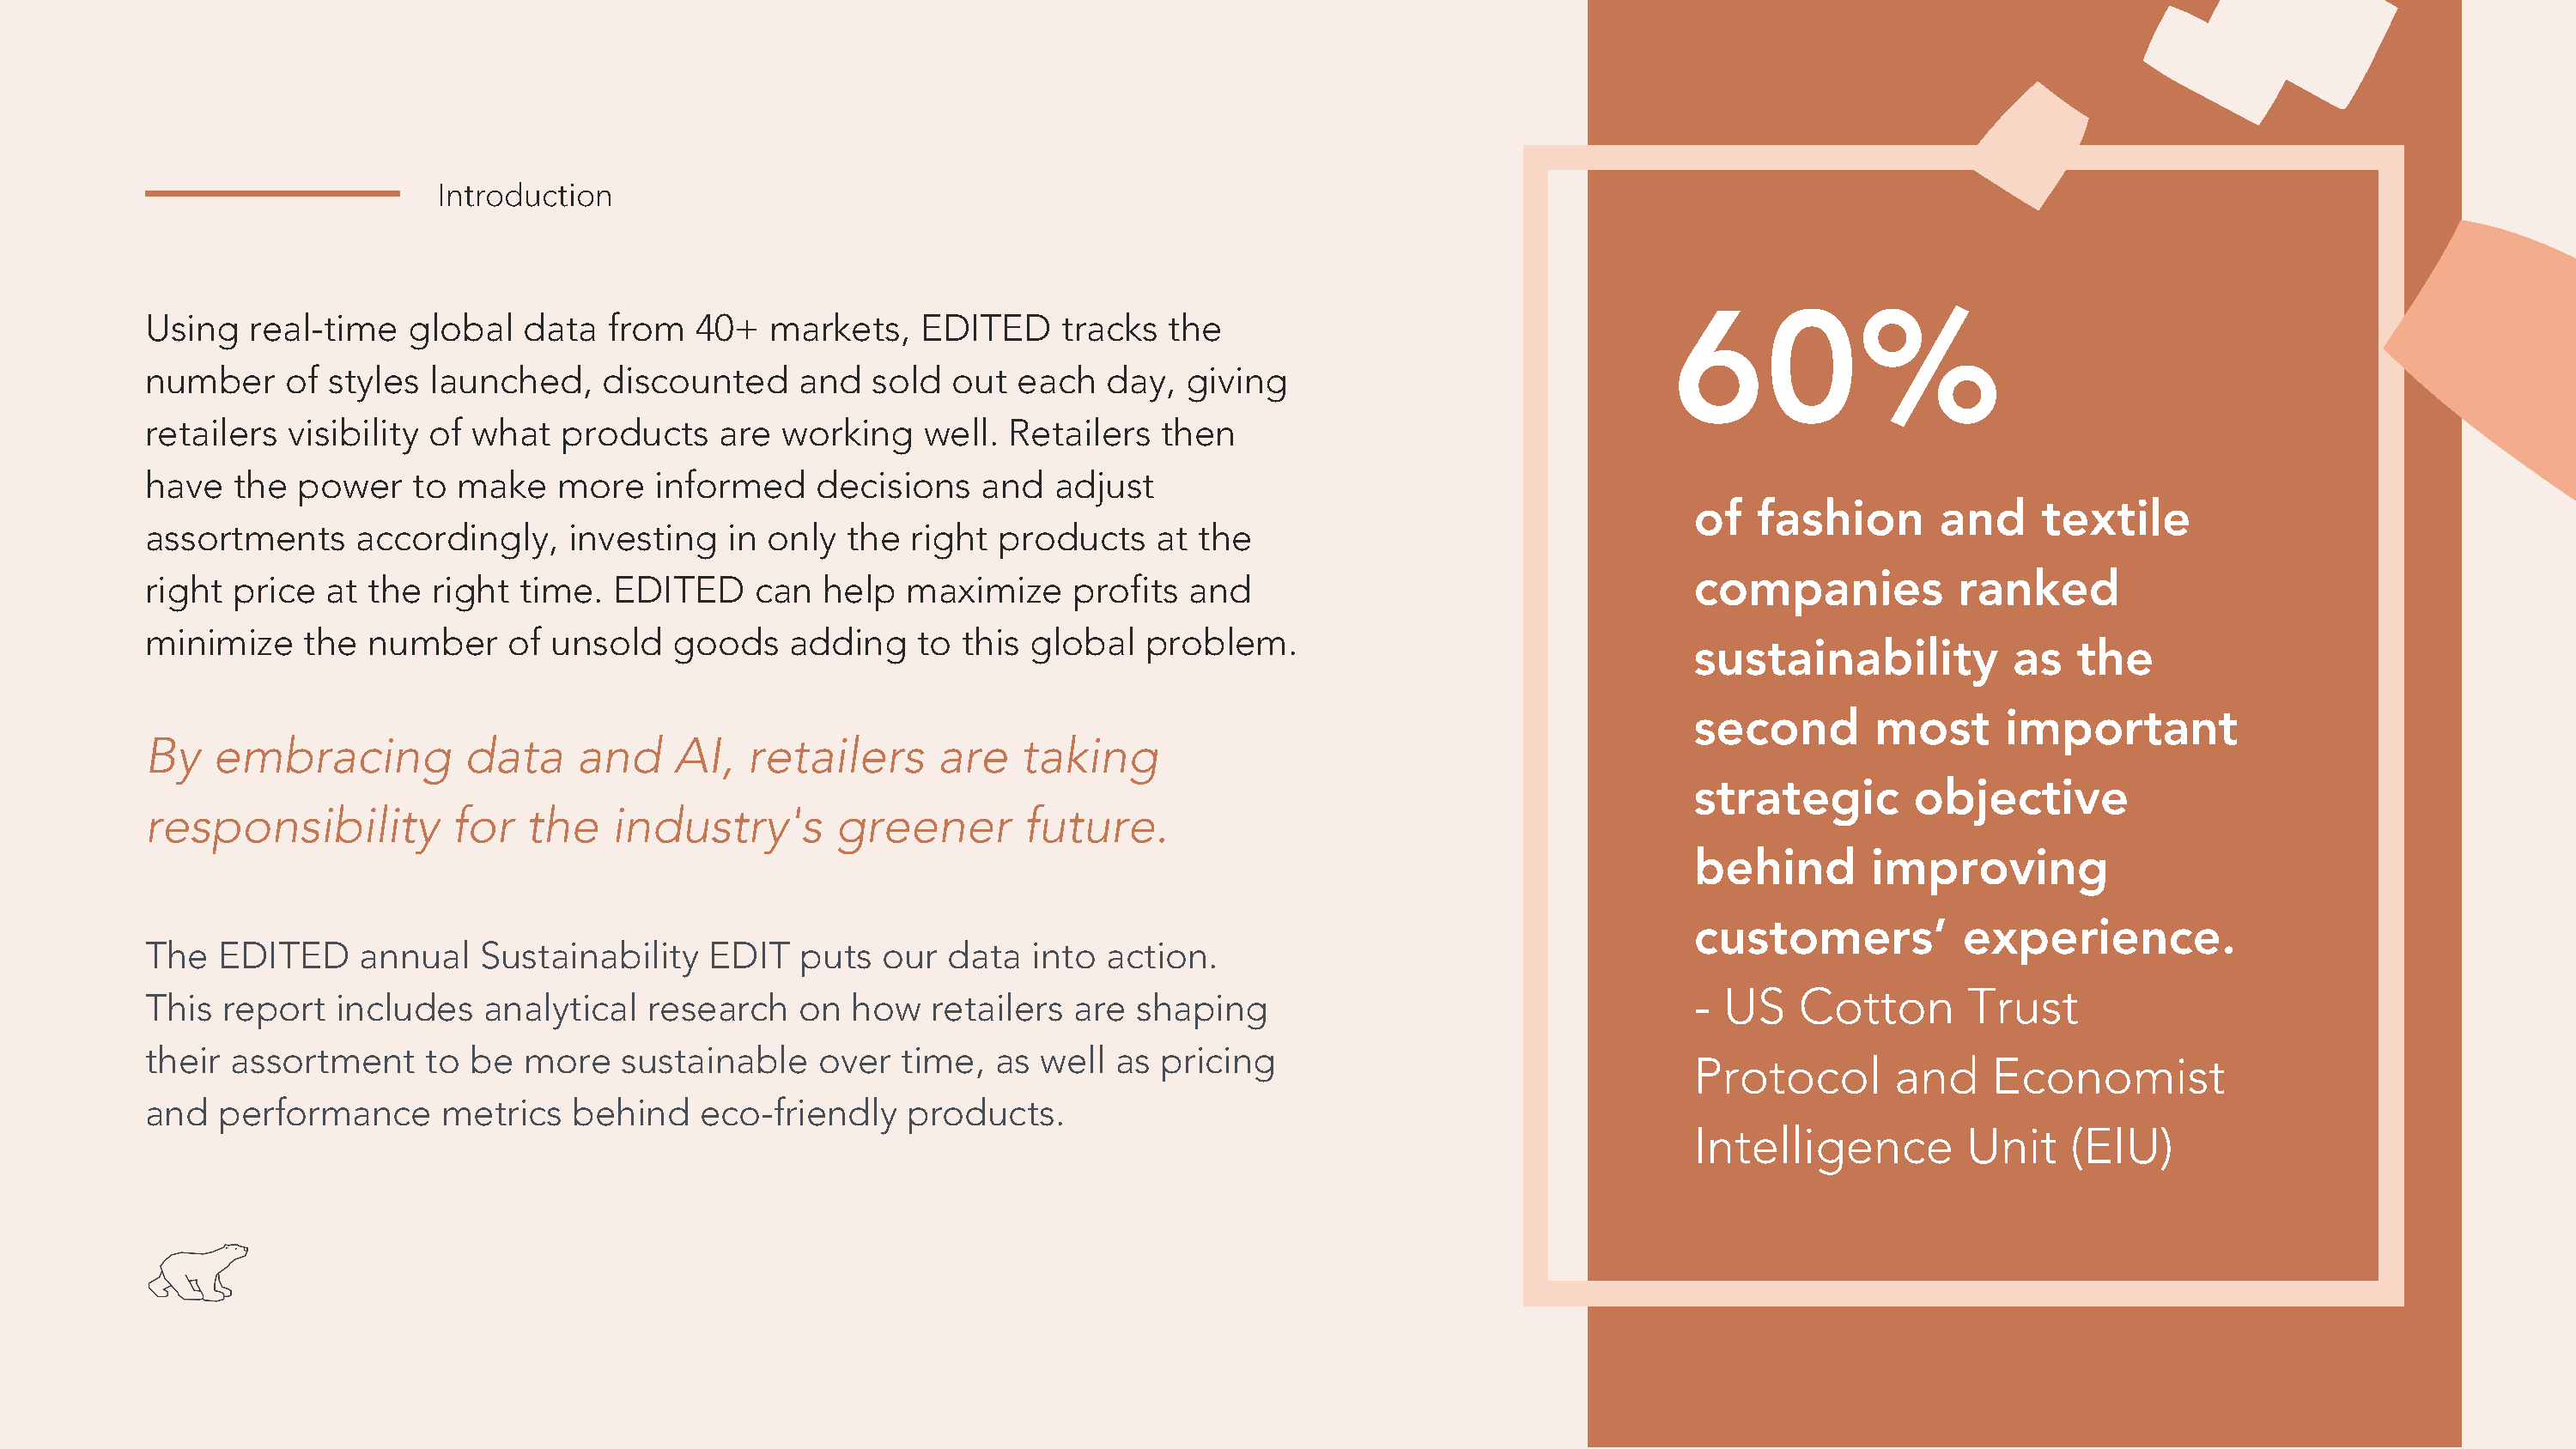
Introduction
 60%
 Using   real-time   global   data   from   40+  markets,    EDITED     tracks  the
 number     of styles  launched,    discounted      and  sold  out  each   day,  giving
 retailers  visibility of what   products    are  working    well.  Retailers   then
 have   the  power    to make    more   informed     decisions    and  adjust
 of  fashion        and    textile
 assortments     accordingly,     investing   in only  the  right  products    at the
 companies           ranked
 right  price  at the  right  time.  EDITED     can  help   maximize     profits  and
 minimize    the  number     of unsold    goods    adding    to this global   problem.
 sustainability          as   the
 second        most      important
 By   embracing           data    and     AI,   retailers     are    taking
 strategic        objective
 responsibility          for   the   industry's       greener        future.
 behind       improving
 customers’          experience.
 The   EDITED     annual   Sustainability    EDIT   puts  our  data   into action.
 - US    Cotton       Trust
 This  report   includes   analytical   research    on  how   retailers  are  shaping
 their  assortment     to be  more    sustainable    over  time,   as well  as pricing
 Protocol       and     Economist
 and   performance      metrics   behind    eco-friendly    products.
 Intelligence         Unit    (EIU)